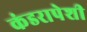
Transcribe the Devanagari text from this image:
कंडरापेशी